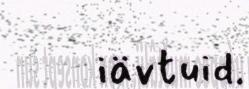
iävtuid.